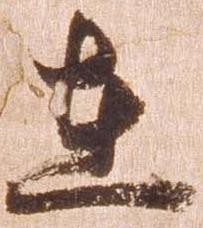
在